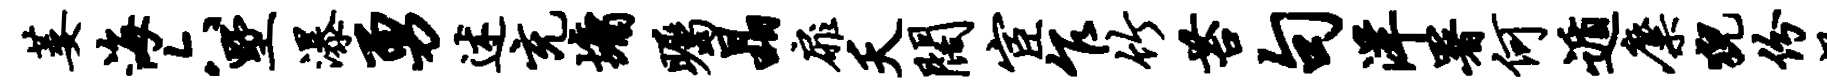
萎海六墅瀑勇述充墉瞩晶扉夭阔宦乍竹苔句洋署何遁麋猊份梁